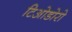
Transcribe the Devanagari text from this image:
टिओडोरो